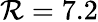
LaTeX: \mathcal{R}=7.2